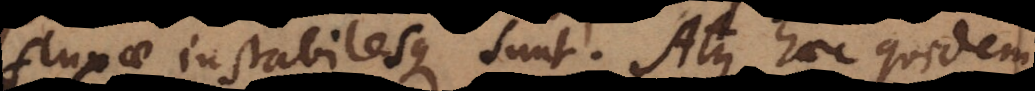
fluxae instabilesque sunt. Atque haec quidem